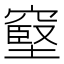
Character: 𥧬